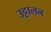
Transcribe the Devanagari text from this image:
उट्टालन